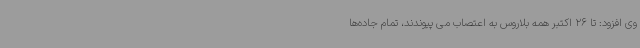
وی افزود: تا 26 اکتبر همه بلاروس به اعتصاب می پیوندند، تمام جاده‌ها